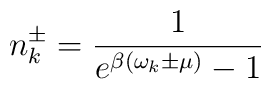
n_k^{\pm}=\frac{1}{e^{\beta(\omega_k\pm\mu)}-1}